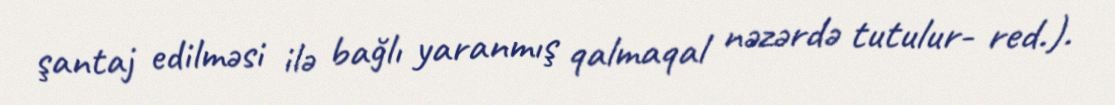
şantaj edilməsi ilə bağlı yaranmış qalmaqal nəzərdə tutulur- red.).